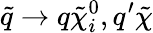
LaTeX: \tilde{q}\rightarrow q\tilde{\chi}_{i}^{0},q^{\prime}\tilde{\chi}